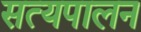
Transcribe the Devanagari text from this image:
सत्यपालन